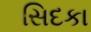
સિદકા